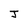
Character: J